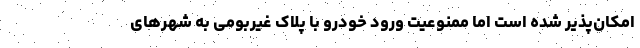
امکان‌پذیر شده است اما ممنوعیت ورود خودرو با پلاک غیربومی به شهرهای